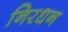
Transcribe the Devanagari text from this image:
निरधन